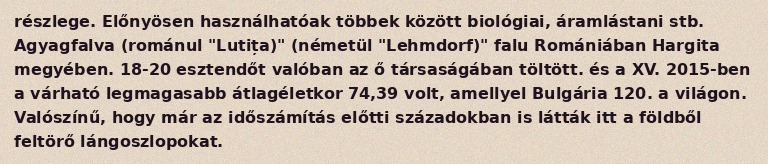
részlege. Előnyösen használhatóak többek között biológiai, áramlástani stb. Agyagfalva (románul "Lutița)" (németül "Lehmdorf)" falu Romániában Hargita megyében. 18-20 esztendőt valóban az ő társaságában töltött. és a XV. 2015-ben a várható legmagasabb átlagéletkor 74,39 volt, amellyel Bulgária 120. a világon. Valószínű, hogy már az időszámítás előtti századokban is látták itt a földből feltörő lángoszlopokat.